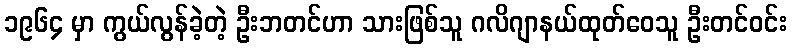
၁၉၆၄ မှာ ကွယ်လွန်ခဲ့တဲ့ ဦးဘတင်ဟာ သားဖြစ်သူ ဂလိဂျာနယ်ထုတ်ဝေသူ ဦးတင်ဝင်း